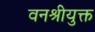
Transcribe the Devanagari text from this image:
वनश्रीयुक्त